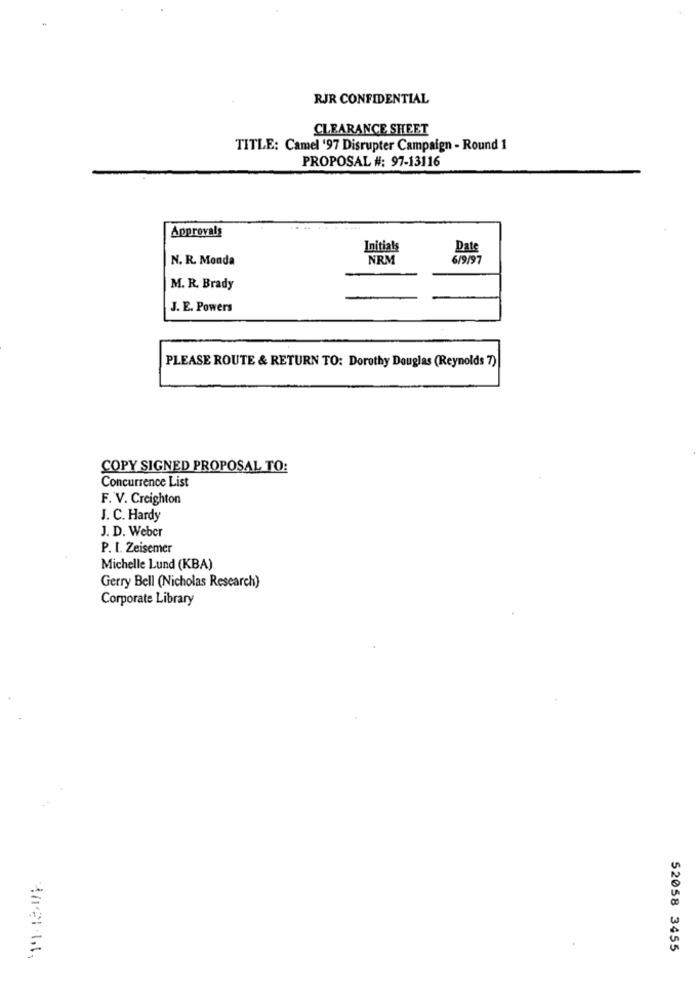
RJR CONFIDENTIAL
CLEARANCE SHEET
TITLE: Camel '97 Disrupter Campaign - Round 1
PROPOSAL #: 97-13116
Approvals
Initials
Date
N. R. Monda
NRM
6/9/97
M. R. Brady
J. E. Powers
PLEASE ROUTE & RETURN TO: Dorothy Douglas (Reynolds 7)
COPY SIGNED PROPOSAL TO:
Concurrence List
F. V. Creighton
J. C. Hardy
J. D. Weber
P. I. Zeisemer
Michelle Lund (KBA)
Gerry Bell (Nicholas Research)
Corporate Library
52058 3455